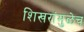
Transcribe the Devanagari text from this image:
शिखरांमुळेच